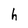
Character: h